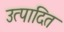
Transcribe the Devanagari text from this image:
उत्पादित